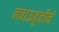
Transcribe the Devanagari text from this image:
लढाऊवृत्तीने